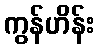
ကွန်ဟိန်း